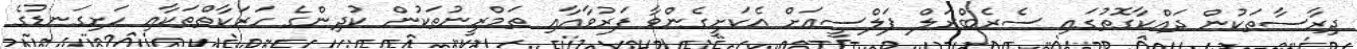
ދިރާސާތަކުން ދައްކާގޮތުގައި ސެރެބްރަލް ޕަލްސީއަށް އެކަށީގެންވާ ފަރުވާއާއި ތަމްރީނުތަކުން ކުދިންގެ ހަރަކާތްތަކާއި ހަށިގަނޑުގެ